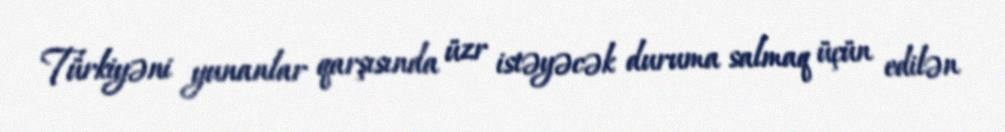
Türkiyəni yunanlar qarşısında üzr istəyəcək duruma salmaq üçün edilən